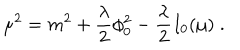
\mu ^ { 2 } = m ^ { 2 } + { \frac { \lambda } { 2 } } \phi _ { 0 } ^ { 2 } - { \frac { \lambda } { 2 } } I _ { 0 } ( \mu ) \; .